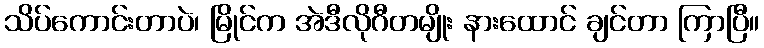
သိပ်ကောင်းတာပဲ၊ မြိုင်က အဲဒီလိုဂီတမျိုး နားထောင် ချင်တာ ကြာပြီ။